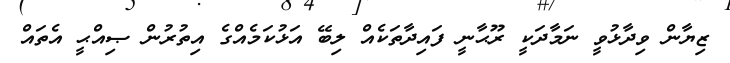
ޒިޔާން ވިދާޅުވީ ނަމާދަކީ ރޫޙާނީ ފައިދާތަކެއް ލިބޭ އަޅުކަމެއްގެ އިތުރުން ޞިއްޙީ އެތައް